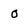
Character: 0